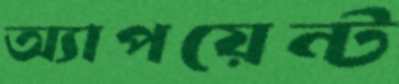
অ্যাপয়েন্ট